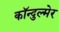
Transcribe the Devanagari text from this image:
कॉन्दुल्मेर